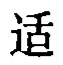
适